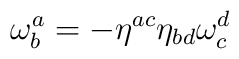
\mathbf{\omega }_{b}^{a}=-\eta ^{ac}\eta _{bd}\mathbf{\omega }_{c}^{d}